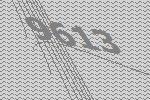
9613